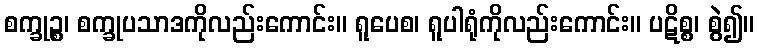
စက္ခုဉ္စ၊ စက္ခုပသာဒကိုလည်းကောင်း။ ရူပေစ၊ ရူပါရုံကိုလည်းကောင်း။ ပဋိစ္စ၊ စွဲ၍။